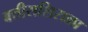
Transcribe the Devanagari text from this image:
बत्तीसशिराळा